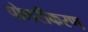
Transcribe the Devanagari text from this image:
पोलरीकरण